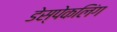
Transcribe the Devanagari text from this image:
डेस्पेकलिंग